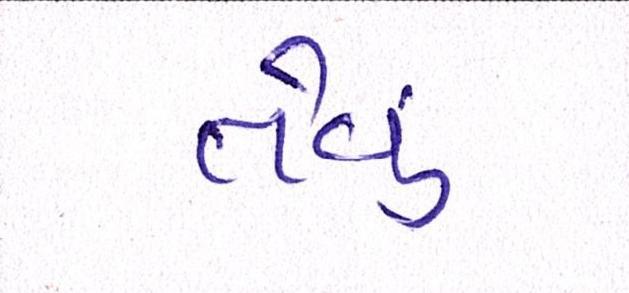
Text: તેવૂં